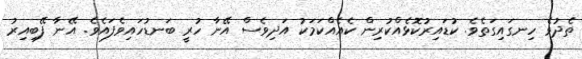
ތެދުވެ ހިނގައިގަތެވެ. ކުޑައިރުކޮޅެއްކުރިން ކެއެއްކަމަކު އަދިވެސް އޭނާ ހުރީ ބަނޑުހައިވެފައެވެ. އޭނާ ފޭބިއިރު